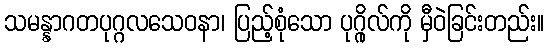
သမန္နာဂတပုဂ္ဂလသေဝနာ၊ ပြည့်စုံသော ပုဂ္ဂိုလ်ကို မှီဝဲခြင်းတည်း။